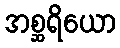
အစ္ဆရိယော